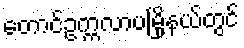
တောင်ဥက္ကလာပမြို့နယ်တွင်